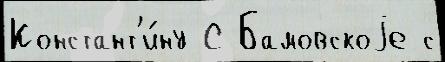
Констант'и́ну С Бамовскоjе с